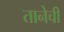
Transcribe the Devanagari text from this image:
तानेची